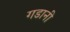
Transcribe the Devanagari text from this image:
गडानी